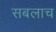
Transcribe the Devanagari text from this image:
सबलाच